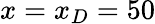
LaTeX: x=x_{D}=50